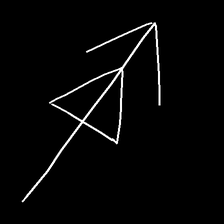
Glyph: pull